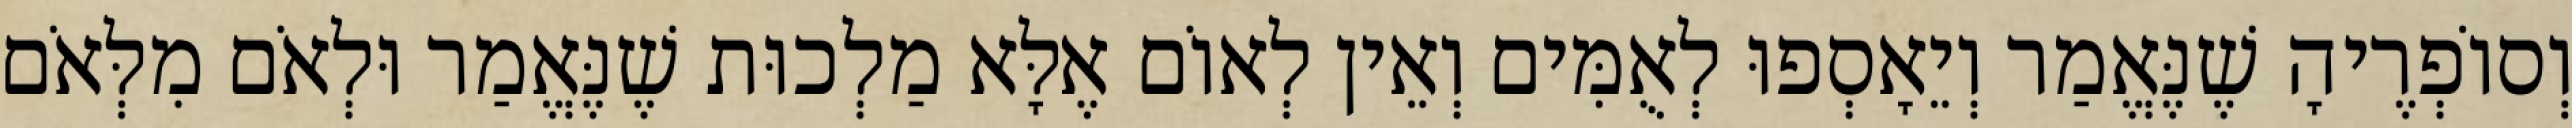
וְסוֹפְרֶיהָ שֶׁנֶּאֱמַר וְיֵאָסְפוּ לְאֻמִּים וְאֵין לְאוֹם אֶלָּא מַלְכוּת שֶׁנֶּאֱמַר וּלְאֹם מִלְּאֹם